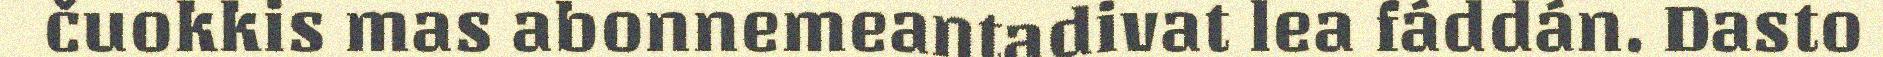
čuokkis mas abonnemeantadivat lea fáddán. Dasto